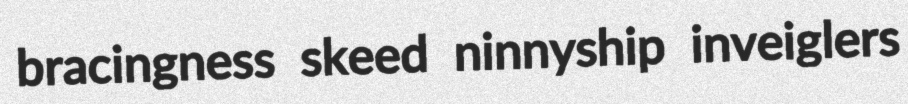
bracingness skeed ninnyship inveiglers